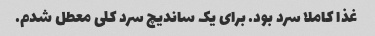
غذا کاملا سرد بود. برای یک ساندیچ سرد کلی معطل شدم.